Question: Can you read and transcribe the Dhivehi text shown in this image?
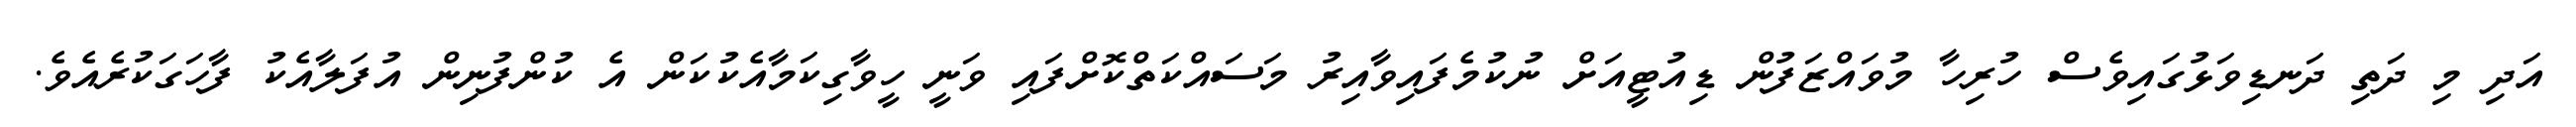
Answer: އަދި މި ދަތި ދަނޑިވަޅުގައިވެސް ހުރިހާ މުވައްޒަފުން ޑިއުޓީއަށް ނުކުމެފައިވާއިރު މަސައްކަތްކޮށްފައި ވަނީ ހީވާގިކަމާއެކުކަން އެ ކުންފުނިން އުފަލާއެކު ފާހަގަކުރެއެވެ.